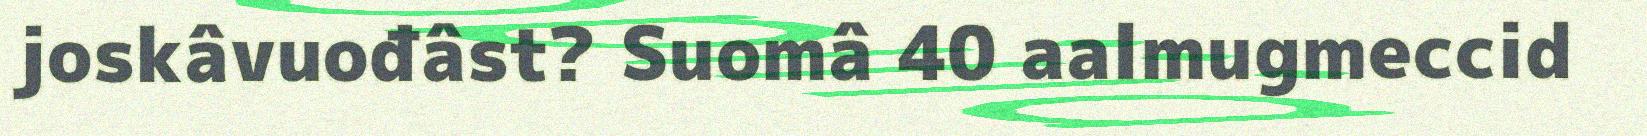
joskâvuođâst? Suomâ 40 aalmugmeccid